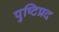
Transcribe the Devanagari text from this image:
पुष्टिप्रद